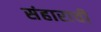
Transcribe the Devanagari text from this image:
संहाराची